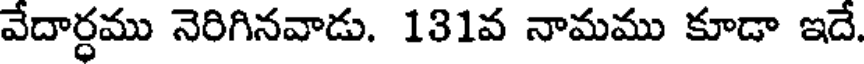
వేదార్ధము నెరిగినవాడు. 131వ నామము కూడా ఇదే.